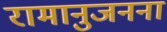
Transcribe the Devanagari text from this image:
रामानुजनना